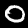
Label: 0